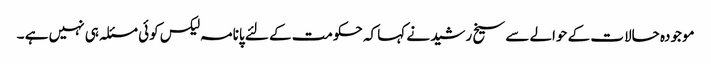
موجودہ حالات کے حوالے سے سیخ رشید نے کہا کہ حکومت کے لئے پانامہ لیکس کوئی مسئلہ ہی نہیں ہے ۔